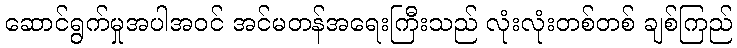
ဆောင်ရွက်မှုအပါအဝင် အင်မတန်အရေးကြီးသည် လုံးလုံးတစ်တစ် ချစ်ကြည်